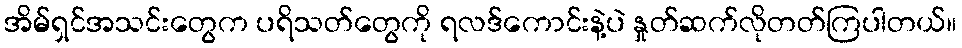
အိမ်ရှင်အသင်းတွေက ပရိသတ်တွေကို ရလဒ်ကောင်းနဲ့ပဲ နှုတ်ဆက်လိုတတ်ကြပါတယ်။